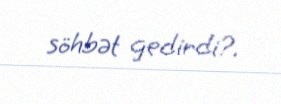
söhbət gedirdi?.